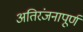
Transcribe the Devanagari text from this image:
अतिरंजनापूर्ण